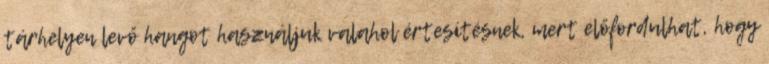
tárhelyen levő hangot használjuk valahol értesítésnek, mert előfordulhat, hogy